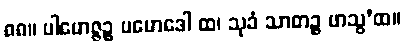
၈၈။ ပါမောဇ္ဇဉ္စ ပမောဒေါ ထ၊ သုခံ သာတဉ္စ ဖာသွ’ထ။